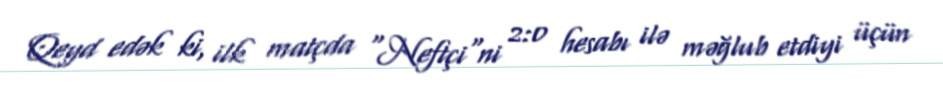
Qeyd edək ki, ilk matçda "Neftçi"ni 2:0 hesabı ilə məğlub etdiyi üçün